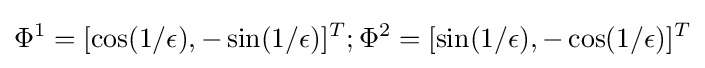
\Phi ^{1}=[\cos(1/\epsilon ),-\sin(1/\epsilon )]^{T};\Phi ^{2}=[\sin(1/\epsilon ),-\cos(1/\epsilon )]^{T}